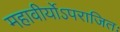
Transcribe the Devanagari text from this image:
महावीर्योऽपराजितः